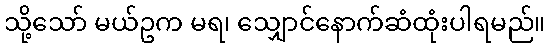
သို့သော် မယ်ဥက မရ၊ သျှောင်နောက်ဆံထုံးပါရမည်။